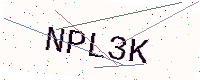
Text: NPL3K